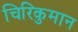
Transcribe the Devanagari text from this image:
चिरिकुमान